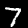
Label: 7